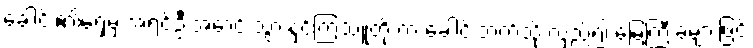
ခေါင်း၏ရှေ့မှ အရင်ဦးအောင် သွားနှင့်ကြသူတို့ က ခေါင်းဘက်သို့ လှည်၍ မြေကြီးခဲများဖြင့်